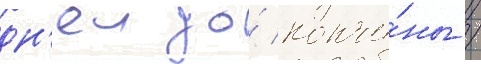
дн'еи до́ кончи́ны /